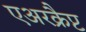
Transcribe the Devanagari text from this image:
एअरक्रैप्ट